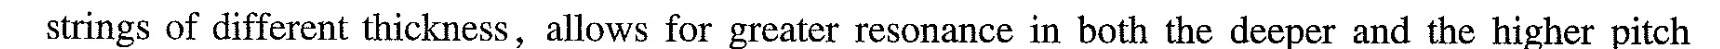
strings of different thickness, allows for greater resonance in both the deeper and the higher pitch